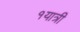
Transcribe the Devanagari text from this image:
१यात्री